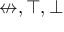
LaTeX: \not \leftrightarrow , \top , \bot